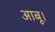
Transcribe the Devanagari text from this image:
आबू।